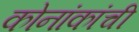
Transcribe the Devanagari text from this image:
कोनांकांची